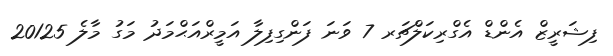
ފިޝަރީޒް އެންޑް އެގްރިކަލްޗަރ 7 ވަނަ ފަންގިފިލާ އަމީރްއަޙްމަދު މަގު މާލެ 20125